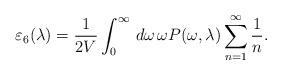
LaTeX: \begin{align*}\varepsilon_6(\lambda)=\frac{1}{2V}\int_{0}^{\infty}\,d\omega\,\omega P(\omega,\lambda)\sum_{n=1}^{\infty}\frac{1}{n}.\end{align*}